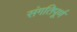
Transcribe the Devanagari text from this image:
संगतिपूर्ण